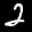
Label: 2